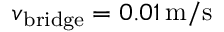
v _ { \mathrm { b r i d g e } } = 0 . 0 1 \, \mathrm { m } / \mathrm { s }